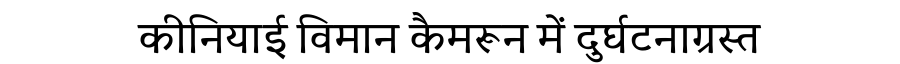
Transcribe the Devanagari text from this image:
कीनियाई विमान कैमरून में दुर्घटनाग्रस्त